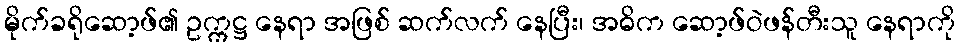
မိုက်ခရိုဆော့ဖ်၏ ဥက္ကဋ္ဌ နေရာ အဖြစ် ဆက်လက် နေပြီး၊ အဓိက ဆော့ဖ်ဝဲဖန်တီးသူ နေရာကို